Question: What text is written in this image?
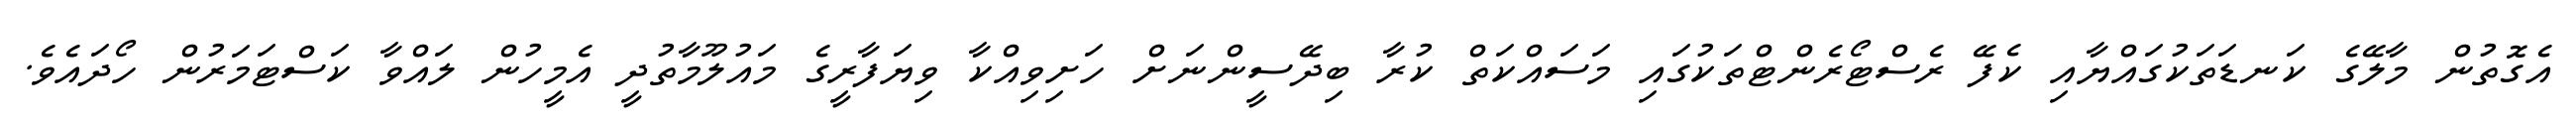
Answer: އެގޮތުން މާލޭގެ ކަނޑަތަކުގައްޔާއި ކެފޭ ރެސްޓޯރެންޓްތަކުގައި މަސައްކަތް ކުރާ ބިދޭސީންނަށް ހަށިވިއްކާ ވިޔަފާރީގެ މައުލޫމާތުދީ އެމީހުން ލައްވާ ކަސްޓަމަރުން ހޯދައެވެ.